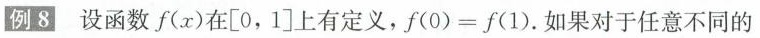
例8设函数f(x)在[0，1]上有定义，f(0)=f(1).如果对于任意不同的